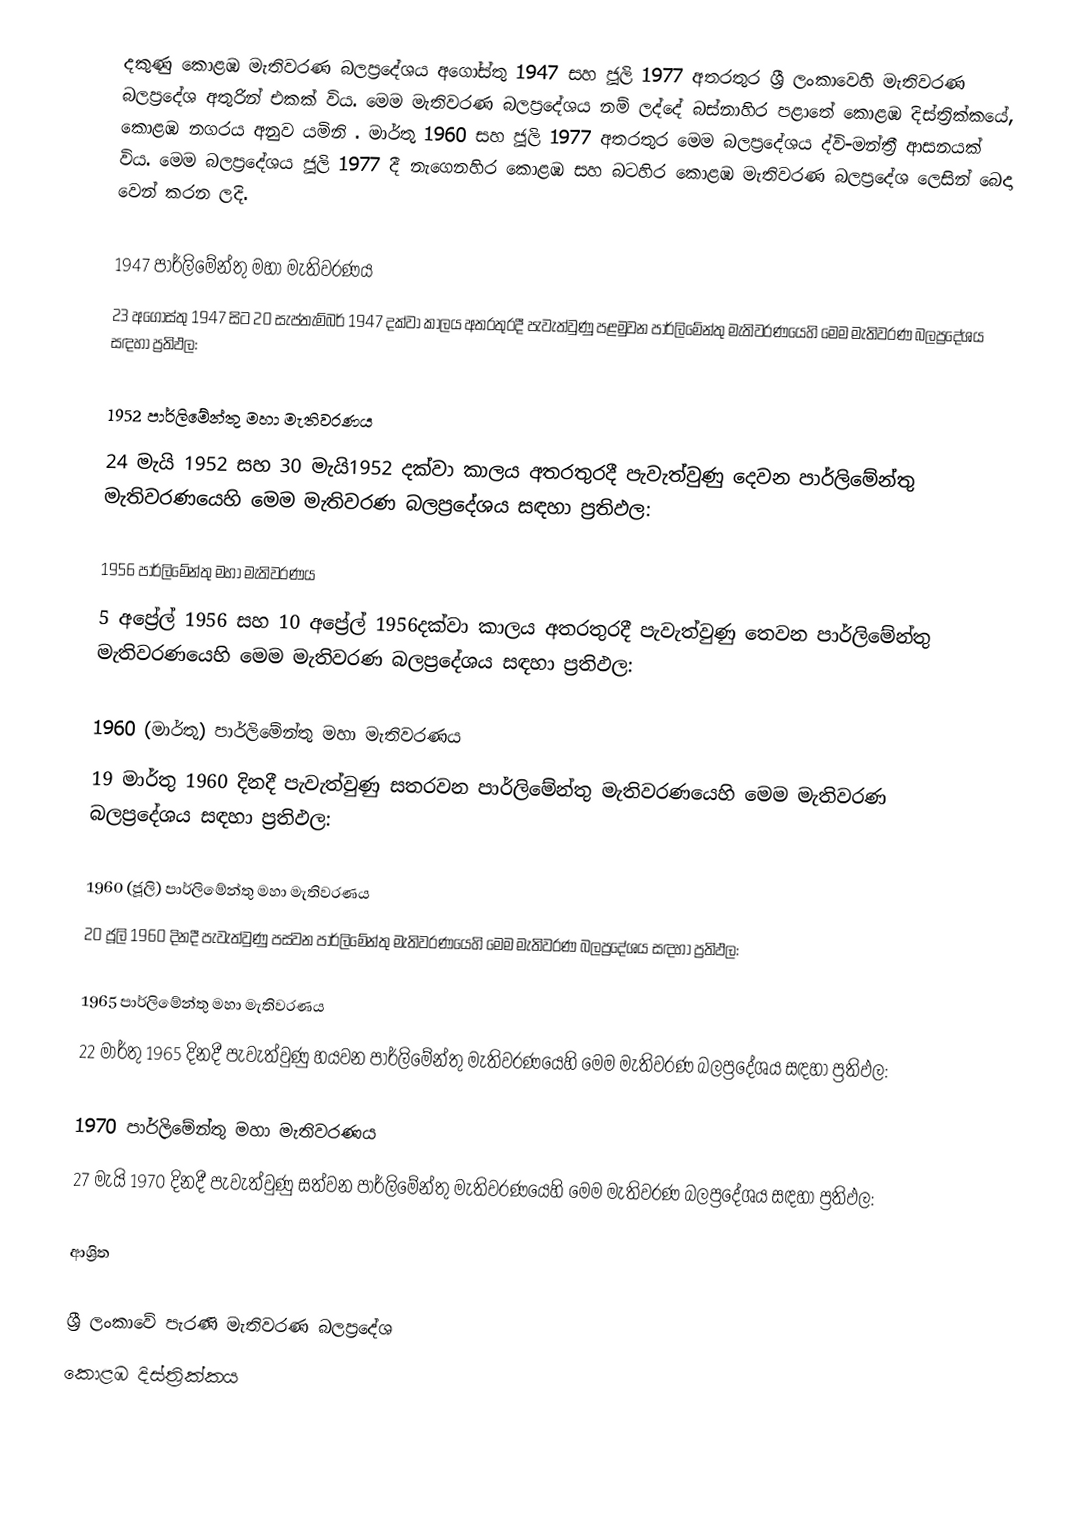
දකුණු කොළඹ මැතිවරණ බලප්‍රදේශය  අගෝස්තු 1947 සහ ජූලි  1977 අතරතුර  ශ්‍රී ලංකාවෙහි  මැතිවරණ බලප්‍රදේශ අතුරින් එකක් විය. මෙම මැතිවරණ බලප්‍රදේශය නම් ලද්දේ  බස්නාහිර පළාතේ  කොළඹ දිස්ත්‍රික්කයේ,  කොළඹ නගරය අනුව යමිනි . මාර්තු 1960 සහ  ජූලි 1977 අතරතුර මෙම බලප්‍රදේශය ද්වි-මන්ත්‍රී ආසනයක් විය. මෙම බලප්‍රදේශය  ජූලි 1977 දී  නැගෙනහිර කොළඹ සහ   බටහිර කොළඹ මැතිවරණ බලප්‍රදේශ ලෙසින් බෙදා වෙන් කරන ලදි.

1947 පාර්ලිමේන්තු මහා මැතිවරණය
23 අගෝස්තු 1947 සිට 20 සැප්තැම්බර් 1947 දක්වා කාලය අතරතුරදී පැවැත්වුණු  පළමුවන පාර්ලිමේන්තු මැතිවරණයෙහි මෙම මැතිවරණ බලප්‍රදේශය සඳහා ප්‍රතිඵල:

1952 පාර්ලිමේන්තු මහා මැතිවරණය
24 මැයි 1952 සහ 30 මැයි1952 දක්වා කාලය අතරතුරදී පැවැත්වුණු  දෙවන පාර්ලිමේන්තු මැතිවරණයෙහි මෙම මැතිවරණ බලප්‍රදේශය සඳහා ප්‍රතිඵල:

1956 පාර්ලිමේන්තු මහා මැතිවරණය
5 අප්‍රේල් 1956 සහ 10 අප්‍රේල් 1956දක්වා කාලය අතරතුරදී පැවැත්වුණු  තෙවන පාර්ලිමේන්තු මැතිවරණයෙහි මෙම මැතිවරණ බලප්‍රදේශය සඳහා ප්‍රතිඵල:

1960 (මාර්තු) පාර්ලිමේන්තු මහා මැතිවරණය
19 මාර්තු 1960 දිනදී පැවැත්වුණු  සතරවන පාර්ලිමේන්තු මැතිවරණයෙහි මෙම මැතිවරණ බලප්‍රදේශය සඳහා ප්‍රතිඵල:

1960 (ජූලි) පාර්ලිමේන්තු මහා මැතිවරණය
20 ජූලි 1960 දිනදී පැවැත්වුණු  පස්වන පාර්ලිමේන්තු මැතිවරණයෙහි මෙම මැතිවරණ බලප්‍රදේශය සඳහා ප්‍රතිඵල:

1965 පාර්ලිමේන්තු මහා මැතිවරණය
22 මාර්තු 1965  දිනදී පැවැත්වුණු  හයවන පාර්ලිමේන්තු මැතිවරණයෙහි මෙම මැතිවරණ බලප්‍රදේශය සඳහා ප්‍රතිඵල:

1970 පාර්ලිමේන්තු මහා මැතිවරණය
27 මැයි 1970 දිනදී පැවැත්වුණු  සත්වන පාර්ලිමේන්තු මැතිවරණයෙහි මෙම මැතිවරණ බලප්‍රදේශය සඳහා ප්‍රතිඵල:

ආශ්‍රිත

ශ්‍රී ලංකාවේ පැරණි මැතිවරණ බලප්‍රදේශ
 කොළඹ දිස්ත්‍රික්කය